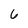
Character: 6